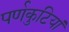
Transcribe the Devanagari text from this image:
पर्णकुटियां